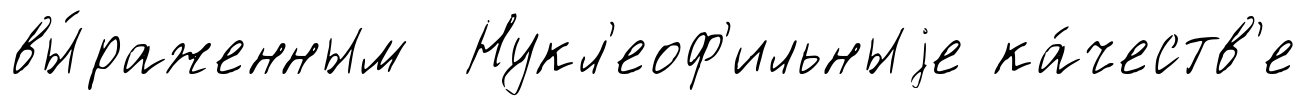
вы́раженным Нукл'еоф'ильныjе ка́честв'е